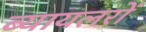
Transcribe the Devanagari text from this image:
ब्यायलरों